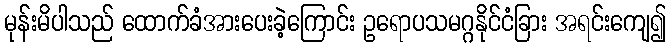
မုန်းမိပါသည် ထောက်ခံအားပေးခဲ့ကြောင်း ဥရောပသမဂ္ဂနိုင်ငံခြား အရင်းကျေ၍